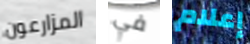
المزارعون في إعلام